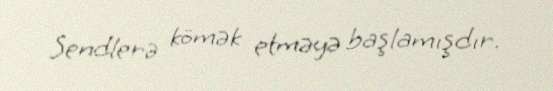
Sendlerə kömək etməyə başlamışdır.